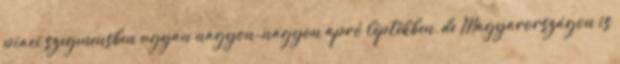
piaci szegmensben ugyan nagyon-nagyon apró léptékben, de Magyarországon is